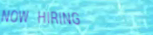
NOW HIRING